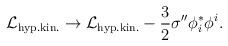
\begin{align*}{\cal L}_{\rm hyp.kin.} \rightarrow {\cal L}_{\rm hyp.kin.} - \frac32 \sigma'' \phi^*_i \phi^i.\end{align*}